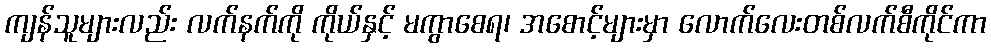
ကျန်သူများလည်း လက်နက်ကို ကိုယ်နှင့် မကွာစေရ၊ အစောင့်များမှာ လောက်လေးတစ်လက်စီကိုင်ကာ